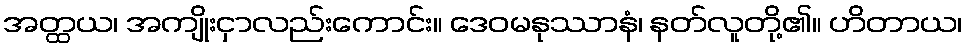
အတ္ထယ၊ အကျိုးငှာလည်းကောင်း။ ဒေဝမနုဿာနံ၊ နတ်လူတို့၏။ ဟိတာယ၊